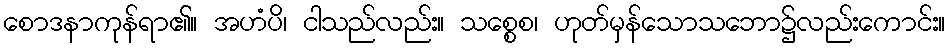
စောဒနာကုန်ရာ၏။ အဟံပိ၊ ငါသည်လည်း။ သစ္စေစ၊ ဟုတ်မှန်သောသဘော၌လည်းကောင်း။